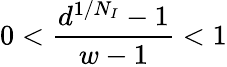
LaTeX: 0<\frac{d^{1/N_{I}}-1}{w-1}<1